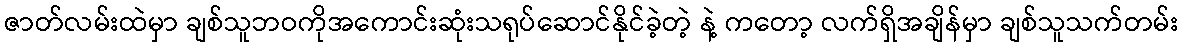
ဇာတ်လမ်းထဲမှာ ချစ်သူဘဝကိုအကောင်းဆုံးသရုပ်ဆောင်နိုင်ခဲ့တဲ့ နဲ့ ကတော့ လက်ရှိအချိန်မှာ ချစ်သူသက်တမ်း